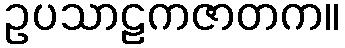
ဥပသာဠကဇာတက။